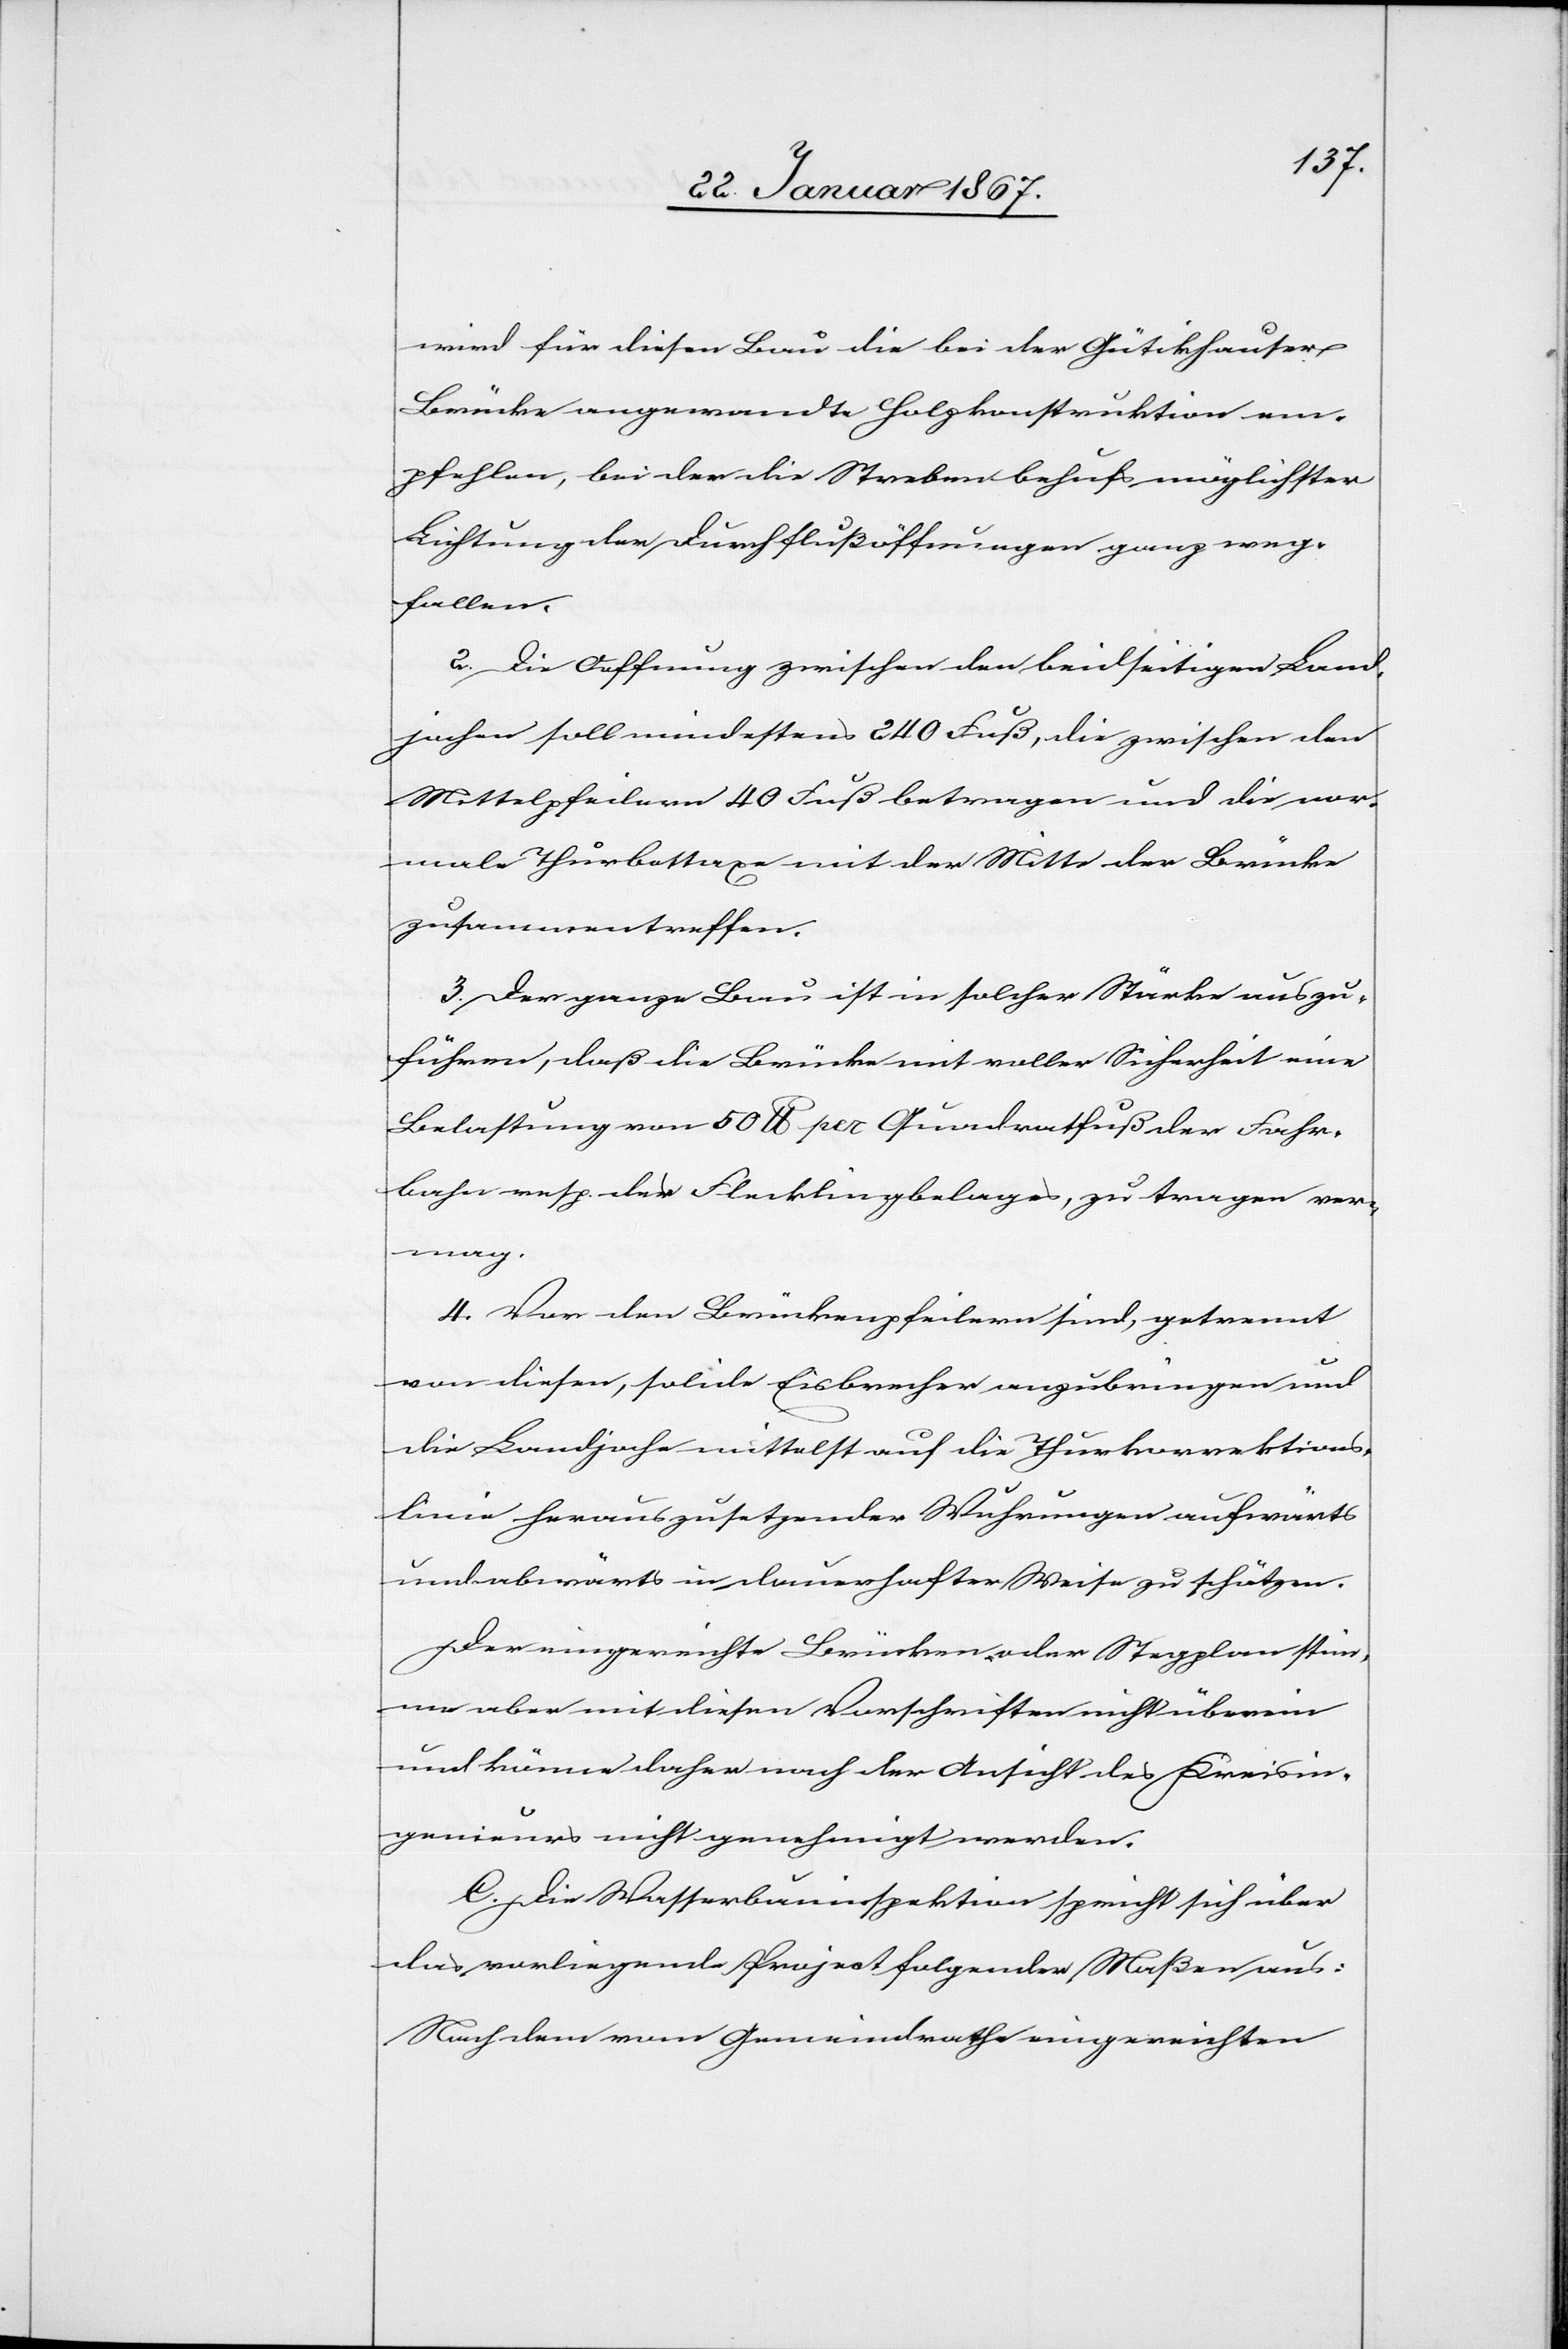
wird für diesen Bau die bei der Gütikhauser
Brücke angewandte Holzkonstruktion em¬
pfohlen, bei der die Streben behufs möglichen
Lichtung der Durchflußöffnungen ganz weg¬
fallen.
2. Die Oeffnung zwischen den beidseitigen Land¬
jochen soll mindestens 240 Fuß, die zwischen den
Mittelpfeilern 40 Fuß betragen und die nor¬
male Thurbettaxe mit der Mitte der Brücke
zusammentreffen.
3. Der ganze Bau ist in solcher Stärke auszu¬
führen, daß die Brücke mit voller Sicherheit einer
Belastung von 50 lb per Quadratfuß der Fahr¬
bahn resp. der Flecklingbelages, zu tragen ver¬
mag.
4. Vor den Brückenpfeilern sind, getrennt
von diesen, solide Eisbrecher anzubringen und
die Landjoche mittelst auf die Thurkorrektions¬
linie herauszusetzender Wuhrungen aufwärts
und abwärts in dauerhafter Weise zu schützen.
Der eingereichte Brücken- oder Stegplan stim¬
me aber mit diesen Vorschriften nicht überein
und könne daher nach der Ansicht des Kreisin¬
genieurs nicht genehmigt werden.
C. Die Wasserbauinspektion spricht sich über
das vorliegende Project folgender Maßen aus:
Nach dem vom Gemeinderathe eingereichten